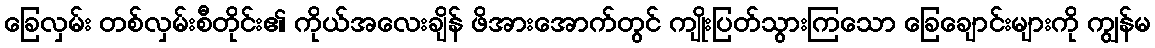
ခြေလှမ်း တစ်လှမ်းစီတိုင်း၏ ကိုယ်အလေးချိန် ဖိအားအောက်တွင် ကျိုးပြတ်သွားကြသော ခြေချောင်းများကို ကျွန်မ